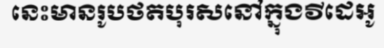
នេះមានរូបថតបុរសនៅក្នុងវីដេអូ